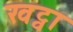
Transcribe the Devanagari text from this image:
खट्वा